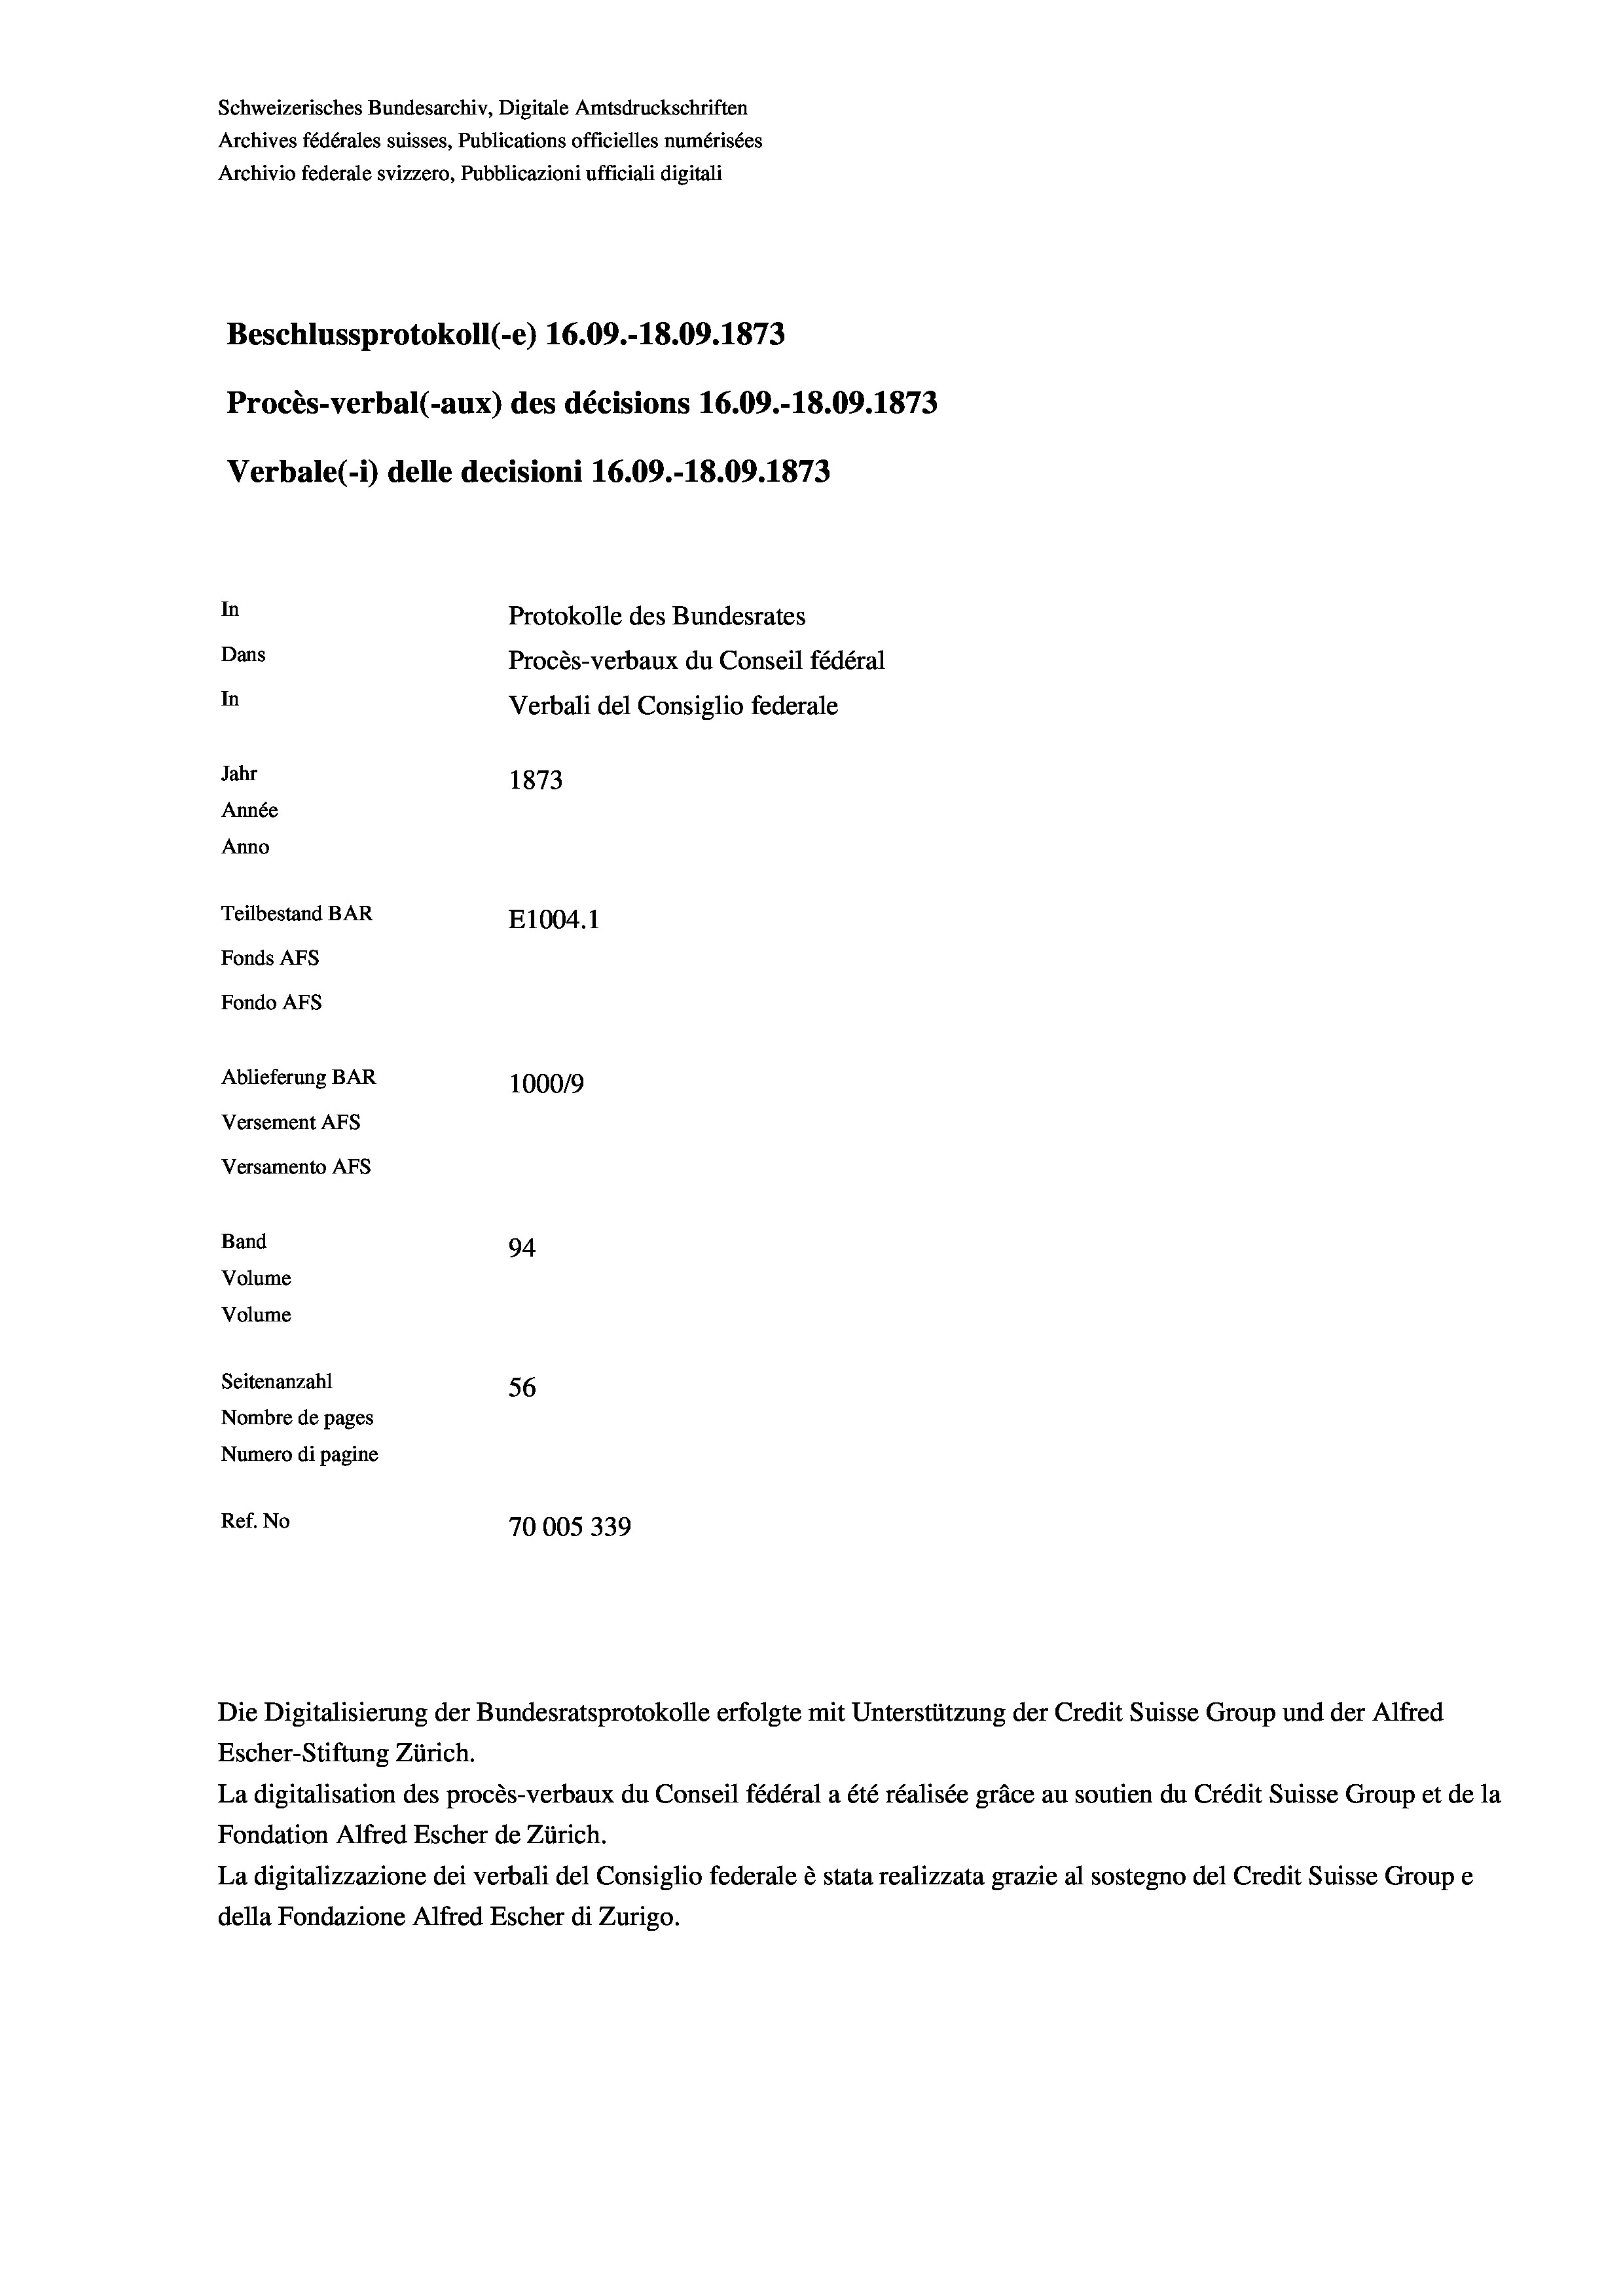
Schweizerisches Bundesarchiv, Digitale Amtsdruckschriften
Archives fédérales suisses, Publications officielles numérisées
Archivio federale svizzero, Pubblicazioni ufficiali digitali
Beschlussprotokoll (-e) 16.09.-18.09. 1873
Procès-verbal (-aux) des décisions 16.09.-18.09. 1873
Verbale(-*) delle decisioni 16.09.-18.09. 1873
In
Protokolle des Bundesrates
Dans
Procès-verbaux du Conseil fédéral
In
Verbali del Consiglio federale
Jahr
1873
Année
Anno
Teilbestand BAR
E1004. 1
Fonds AFs
Fondo Afs
Ablieferung BAR
100019
Versement AFs
Versamento Afs
Band
94
Volume
Volume
Seitenanzahl
56
Nombre de pages
Numero di pagine
Ref. No
70005339

La digitalisation des procès-verbaux du Conseil fédéral a été réalisée gräce au soutien du Crédit Suisse Group et de la
Fondation Alfred Escher de Zürich.
La digitalizzazione dei verbali del Consiglio federale è stata realizzata grazie al sostegno del Credit Suisse Groupe
della Fondazione Alfred Escher di Zurigo.

Die Digitalisierung der Bundesratsprotokolle erfolgte mit Unterstützung der Credit Suisse Group und der Alfred
Escher-Stiftung Zürich.